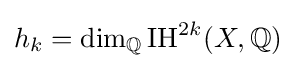
h_{k}=\dim _{\mathbb {Q} }\operatorname {IH} ^{2k}(X,\mathbb {Q} )